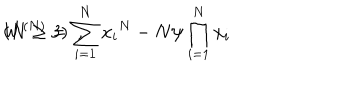
W ^ { ( N ) } = \sum _ { i = 1 } ^ { N } { { x } _ { i } } ^ { N } - N \psi \prod _ { i = 1 } ^ { N } { { x } _ { i } } \hspace { 7 m m } ( N \geq 3 ) \, \, \, ,